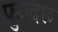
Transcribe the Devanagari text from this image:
फुल्दछ